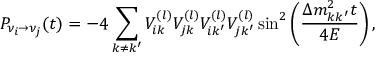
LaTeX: P _ { \nu _ { i } \rightarrow \nu _ { j } } ( t ) = - 4 \sum _ { k \not = k ^ { \prime } } V _ { i k } ^ { ( l ) } V _ { j k } ^ { ( l ) } V _ { i k ^ { \prime } } ^ { ( l ) } V _ { j k ^ { \prime } } ^ { ( l ) } \sin ^ { 2 } \left( { \frac { \Delta m _ { k k ^ { \prime } } ^ { 2 } t } { 4 E } } \right) ,